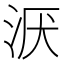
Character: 𣴇